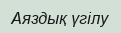
Аяздық үгілу